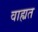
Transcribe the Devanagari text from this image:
वाह्यत